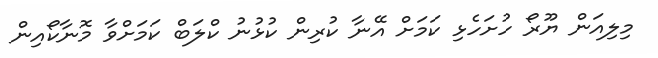
މިލިއަން ޔޫރޯ ހުށަހެޅި ކަމަށް އޭނާ ކުރިން ކުޅުނު ކްލަބް ކަމަށްވާ މޮނާކޯއިން